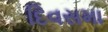
દિવસમા